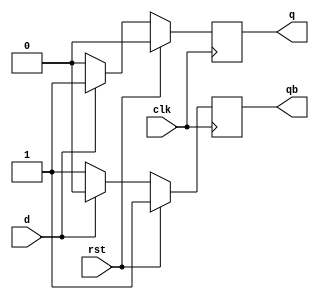
`timescale 1ns / 1ps
//////////////////////////////////////////////////////////////////////////////////
// Company: 
// Engineer: 
// 
// Design Name: 
// Module Name:    dff 
// Project Name: 
// Target Devices: 
// Tool versions: 
// Description: 
//
// Dependencies: 
//
// Revision: 
// Revision 0.01 - File Created
// Additional Comments: 
//
//////////////////////////////////////////////////////////////////////////////////
module dff(
    input d,clk,rst,
    output reg q,qb
    );
	 always@(posedge clk)
	 begin
	  if(rst==1)
	  begin
	  q=1'b0;qb=1'b1;
	  end
	  else if(d==0)
	  begin 
	  q=1'b0;qb=1'b1;
	  end
	  else if(d==1)
	  begin 
	  q=1'b1;qb=1'b0;
	  end
	  
	 
    end

endmodule